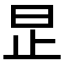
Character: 𪰊